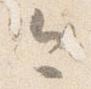
今